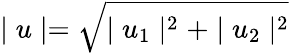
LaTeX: \mid u\mid=\sqrt{\mid u_{1}\mid^{2}+\mid u_{2}\mid^{2}}